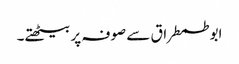
ابو طمطراق سے صوفہ پر بیٹھتے۔